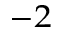
^ { - 2 }